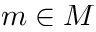
m \in M